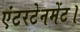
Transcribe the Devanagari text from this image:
एंटरटेनमेंट।